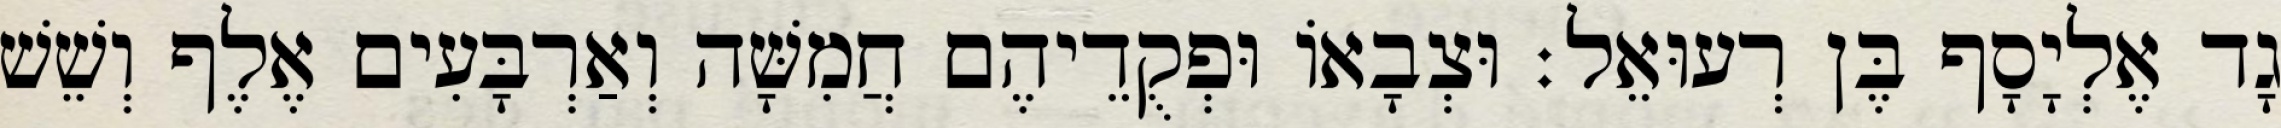
גָד אֶלְיָסָף בֶּן רְעוּאֵל׃ וּצְבָאוֹ וּפְקֻדֵיהֶם חֲמִשָּׁה וְאַרְבָּעִים אֶלֶף וְשֵׁשׁ